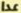
عدا